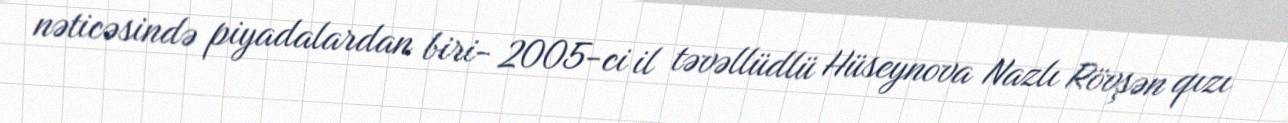
nəticəsində piyadalardan biri- 2005-ci il təvəllüdlü Hüseynova Nazlı Rövşən qızı